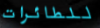
للطائرات